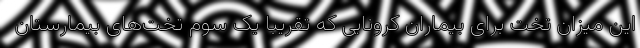
این میزان تخت برای بیماران کرونایی که تقریبا یک سوم تخت‌های بیمارستان